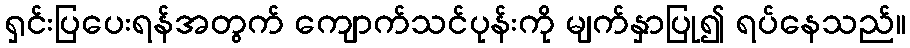
ရှင်းပြပေးရန်အတွက် ကျောက်သင်ပုန်းကို မျက်နှာပြု၍ ရပ်နေသည်။